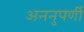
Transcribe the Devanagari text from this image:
अननुपर्णी